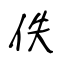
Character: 佚